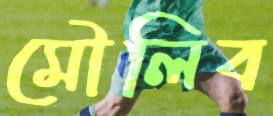
মৌলিব